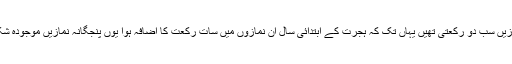
یہ اس وقت یہ نمازیں سب دو رکعتی تھیں یہاں تک کہ ہجرت کے ابتدائی سال ان نمازوں میں سات رکعت کا اضافہ ہوا یوں پنجگانہ نمازیں موجودہ شکل اختیار کر گئی۔